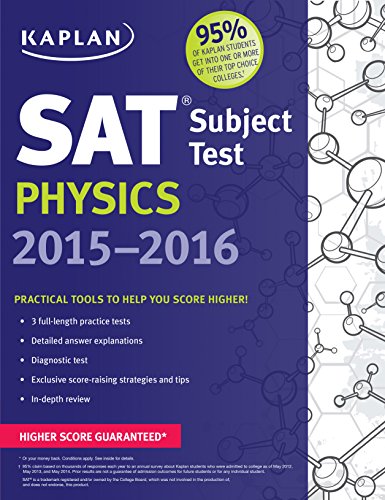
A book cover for Kaplan SAT Subject Test Physics 2015-2016 (Kaplan Test Prep); Kaplan; Test Preparation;